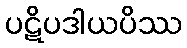
ပဋိပဒါယပိဿ